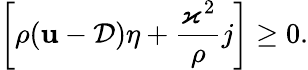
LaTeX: \left[\rho(\mathbf{u}-\mathcal{{D}})\eta+\frac{{\varkappa^{2}}}{{\rho}}j\right]\geq0.